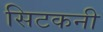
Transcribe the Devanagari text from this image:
सिटकनी